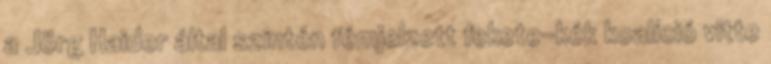
a Jörg Haider által szintén fémjelzett fekete-kék koalíció vitte